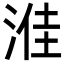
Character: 𪶔